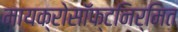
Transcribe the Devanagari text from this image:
मायक्रोसॉफ्टनिर्मित